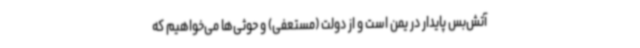
آتش‌بس پایدار در یمن است و از دولت (مستعفی) و حوثی‌ها می‌خواهیم که